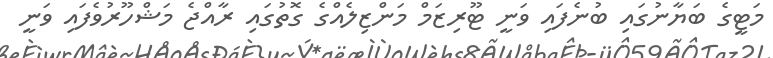
މަޓީގެ ބަޔާނުގައި ބުނެފައި ވަނީ ޓޫރިޒަމް މަންޒިލެއްގެ ގޮތުގައި ރާއްޖެ މަޝްހޫރުވެފައި ވަނީ